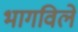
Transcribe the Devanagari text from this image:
भागविले